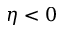
\eta < 0